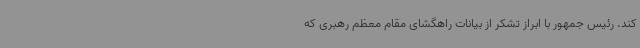
کند. رئیس جمهور با ابراز تشکر از بیانات راهگشای مقام معظم رهبری که